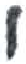
אות: י